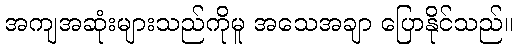
အကျအဆုံးများသည်ကိုမူ အသေအချာ ပြောနိုင်သည်။